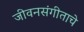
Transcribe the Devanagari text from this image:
जीवनसंगीताचे